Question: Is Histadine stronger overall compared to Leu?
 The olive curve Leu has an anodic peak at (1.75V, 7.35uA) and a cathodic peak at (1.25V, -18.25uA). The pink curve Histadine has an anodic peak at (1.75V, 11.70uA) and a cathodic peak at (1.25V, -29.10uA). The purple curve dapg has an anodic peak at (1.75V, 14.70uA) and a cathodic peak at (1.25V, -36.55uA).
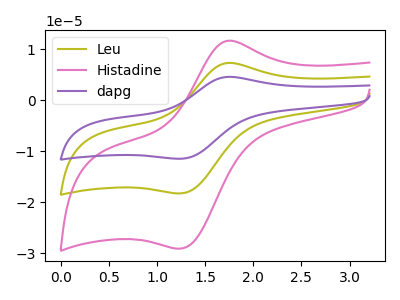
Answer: <think>All the peaks in "Histadine" have a peak in "Leu" at the same potential. Every peak in "Histadine" is higher than every peak in "Leu".
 </think>
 <answer>"Histadine" has more signal than "Leu".</answer>
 <eval>more_signal</eval>